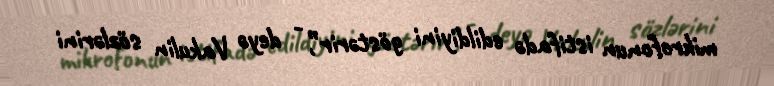
mikrofonun istifadə edildiyini göstərir”, - deyə Vakulin sözlərini